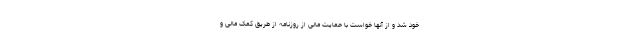
خود شد و از آنها خواست با حمایت مالی از روزنامه از طریق کمک مالی و